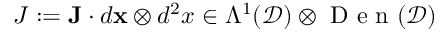
J : = \mathbf { J } \cdot d { \mathbf { x } } \otimes d ^ { 2 } x \in \Lambda ^ { 1 } ( \mathcal { D } ) \otimes \mathrm { ~ D ~ e ~ n ~ } ( \mathcal { D } )